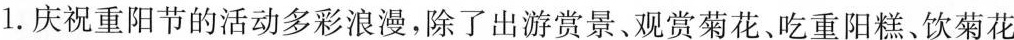
1. 庆祝重阳节的活动多彩浪漫，除了出游赏景、观赏菊花、吃重阳糕、饮菊花